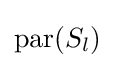
\operatorname {par} (S_{l})